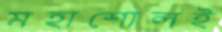
মহাশোলই